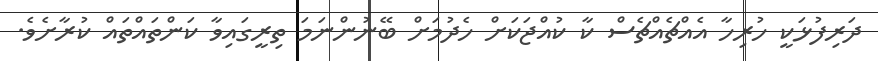
ދަރިފުޅަކީ ހުރިހާ އެއްޗެއްޗެސް ކާ ކުއްޖަކަށް ހެދުމަށް ބޭނުންނަމަ ތިރީގައިވާ ކަންތައްތައް ކުރާށެވެ.